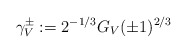
\begin{align*} \gamma^\pm_V:=2^{-1/3}G_V(\pm 1)^{2/3} \end{align*}